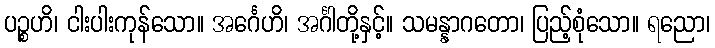
ပဉ္စဟိ၊ ငါးပါးကုန်သော။ အင်္ဂေဟိ၊ အင်္ဂါတို့နှင့်။ သမန္နာဂတော၊ ပြည့်စုံသော။ ရညော၊